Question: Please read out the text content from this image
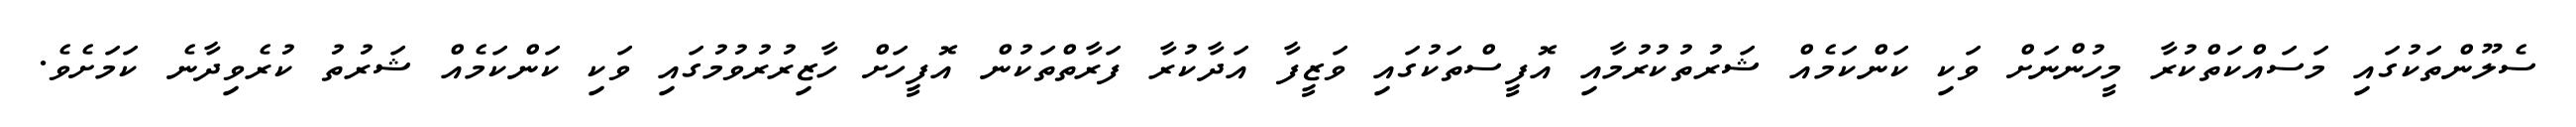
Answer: ސެލޫންތަކުގައި މަސައްކަތްކުރާ މީހުންނަށް ވަކި ކަންކަމެއް ޝަރުތުކުރުމާއި އޮފީސްތަކުގައި ވަޒީފާ އަދާކުރާ ފަރާތްތަކުން އޮފީހަށް ހާޒިރުރުވުމުގައި ވަކި ކަންކަމެއް ޝަރުތު ކުރެވިދާނެ ކަމަށެވެ.